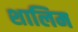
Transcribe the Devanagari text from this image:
शालिम